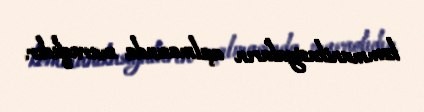
kommunikasiyaların açılmasında maraqlıdır.